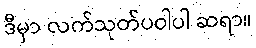
ဒီမှာ လက်သုတ်ပဝါပါ ဆရာ။